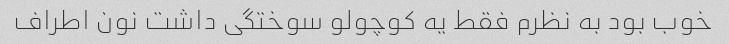
خوب بود به نظرم فقط یه کوچولو سوختگی داشت نون اطراف